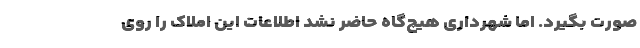
صورت بگیرد. اما شهرداری هیچ‌گاه حاضر نشد اطلاعات این املاک را روی